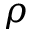
\rho